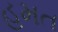
હમત